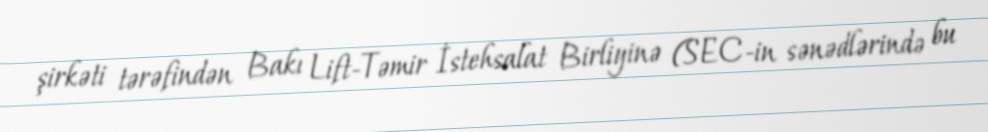
şirkəti tərəfindən Bakı Lift-Təmir İstehsalat Birliyinə (SEC-in sənədlərində bu